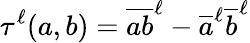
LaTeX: \tau^{\ell}(a,b)=\overline{{ab}}^{\ell}-\overline{{a}}^{\ell}\overline{{b}}^{\ell}